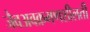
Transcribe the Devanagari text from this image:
जैवअवक्रमणशीलती